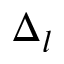
\Delta _ { l }